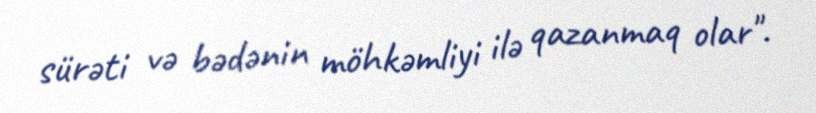
sürəti və bədənin möhkəmliyi ilə qazanmaq olar".